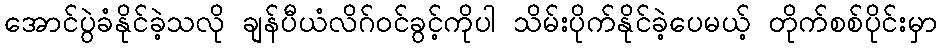
အောင်ပွဲခံနိုင်ခဲ့သလို ချန်ပီယံလိဂ်ဝင်ခွင့်ကိုပါ သိမ်းပိုက်နိုင်ခဲ့ပေမယ့် တိုက်စစ်ပိုင်းမှာ